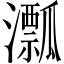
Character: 𤃛